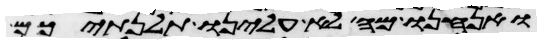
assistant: ואנחנו מה לא עלינו תלנתיכם